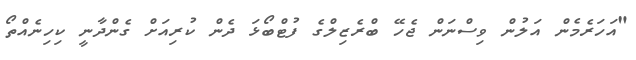
"އަހަރެމެން އަލުން ވިސްނަން ޖެހޭ ބްރެޒިލްގެ ފުޓްބޯޅަ ދެން ކުރިއަށް ގެންދާނީ ކިހިނެއްތޯ